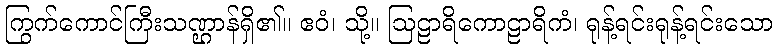
ကြွက်ကောင်ကြီးသဏ္ဌာန်ရှိ၏။ ဧဝံ၊ သို့။ ဩဠာရိကောဠာရိကံ၊ ရုန့်ရင်းရုန့်ရင်းသော